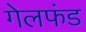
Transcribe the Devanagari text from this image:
गेलफंड